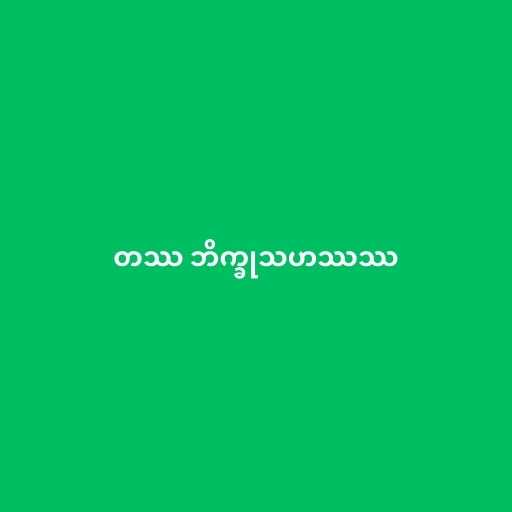
တဿ ဘိက္ခုသဟဿဿ